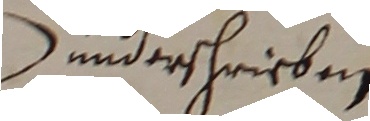
underschrieben.